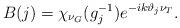
LaTeX: \begin{align*}B(j)=\chi_{\nu_{G}}(g_{j}^{-1}) e^{-ik\vartheta_{j}\nu_{T}}.\end{align*}